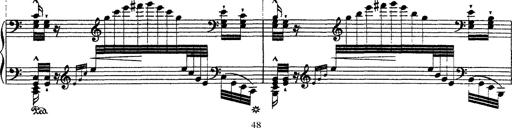
Title: Ã‰tudes d'exÃ©cution transcendante d'aprÃ¨s Paganini
Composer: Franz Liszt